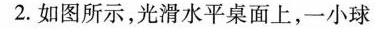
2.如图所示，光滑水平桌面上，一小球